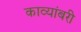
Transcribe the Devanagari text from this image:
काव्यांबरी